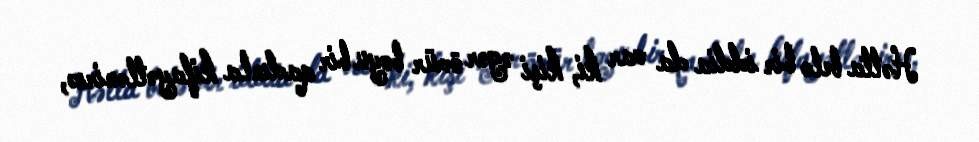
Hətta belə bir iddia da var ki, kişi əgər ömür boyu bir qadınla kifayətlənirsə,